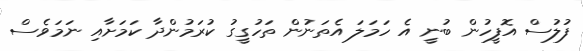
ފުލުސް އޮފީހުން ބުނީ އެ ހަމަލަ އެތަނުން ތަހުގީގު ކުރަމުންދާ ކަމަށާއި ނަމަވެސް